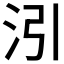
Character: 𪵰